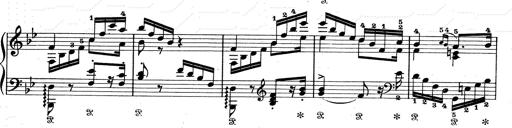
Title: Aus Lohengrin
Composer: Franz Liszt